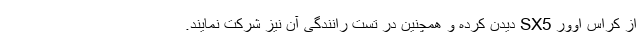
از کراس اوور SX5 دیدن کرده و همچنین در تست رانندگی آن نیز شرکت نمایند.